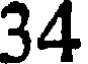
34